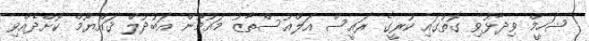
ޝަހީމް ވިދާޅުވި ގޮތުގައި ކުރީގެ ރައީސް އަލްއުސްތާޒު މައުމޫން އަބުދުލް ޤައްޔޫމް ކޮށްދެއްވި